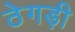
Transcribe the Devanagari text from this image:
ठेगड़ी